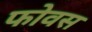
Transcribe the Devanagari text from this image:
फोवस